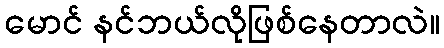
မောင် နင်ဘယ်လိုဖြစ်နေတာလဲ။